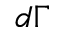
d \Gamma